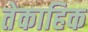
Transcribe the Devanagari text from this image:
तेकाहिक